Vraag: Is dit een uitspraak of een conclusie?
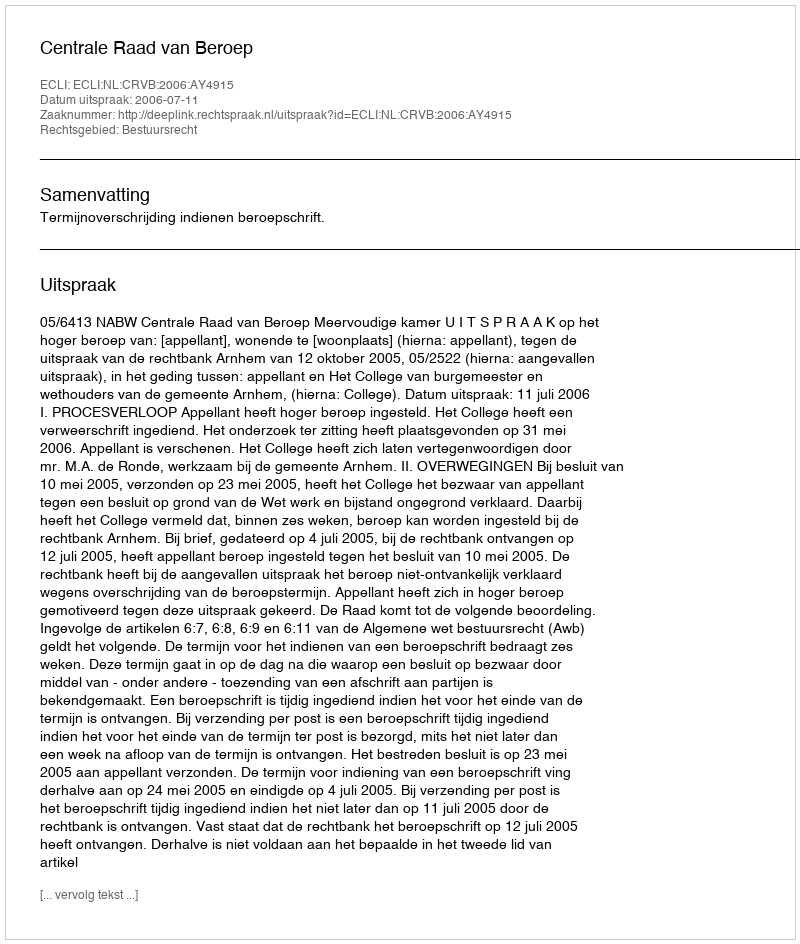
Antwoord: Uitspraak